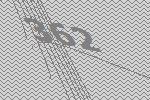
362